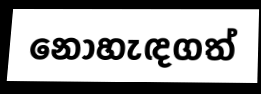
නොහැඳගත්